Vaccination in the Punjab 1905-1918 - 1905-1918
Year: 1905
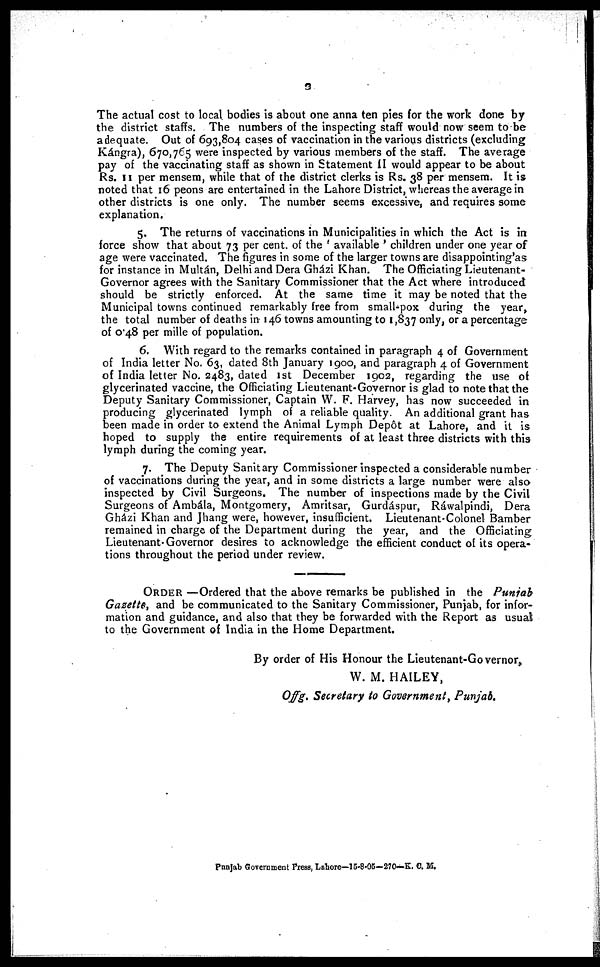
3
The actual cost to local bodies is about one anna ten pies for the work done by
the district staffs. The numbers of the inspecting staff would now seem to be
adequate. Out of 693,804 cases of vaccination in the various districts (excluding
Kángra), 670,765 were inspected by various members of the staff. The average
pay of the vaccinating staff as shown in Statement II would appear to be about
Rs. 11 per mensem, while that of the district clerks is Rs. 38 per mensem. It is
noted that 16 peons are entertained in the Lahore District, whereas the average in
other districts is one only. The number seems excessive, and requires some
explanation.
5. The returns of vaccinations in Municipalities in which the Act is in
force show that about 73 per cent. of the ' available ' children under one year of
age were vaccinated. The figures in some of the larger towns are disappointing'as
for instance in Multán, Delhi and Dera Gházi Khan. The Officiating Lieutenant-
Governor agrees with the Sanitary Commissioner that the Act where introduced
should be strictly enforced. At the same time it may be noted that the
Municipal towns continued remarkably free from small-pox during the year,
the total number of deaths in 146 towns amounting to 1,837 only, or a percentage
of 0.48 per mille of population.
6. With regard to the remarks contained in paragraph 4 of Government
of India letter No. 63, dated 8th January 1900, and paragraph 4 of Government
of India letter No. 2483, dated 1st December 1902, regarding the use of
glycerinated vaccine, the Officiating Lieutenant-Governor is glad to note that the
Deputy Sanitary Commissioner, Captain W. F. Harvey, has now succeeded in
producing glycerinated lymph of a reliable quality. An additional grant has
been made in order to extend the Animal Lymph Depôt at Lahore, and it is
hoped to supply the entire requirements of at least three districts with this
lymph during the coming year.
7. The Deputy Sanitary Commissioner inspected a considerable number
of vaccinations during the year, and in some districts a large number were also
inspected by Civil Surgeons. The number of inspections made by the Civil
Surgeons of Ambála, Montgomery, Amritsar, Gurdáspur, Rawalpindi, Dera
Gházi Khan and Jhang were, however, insufficient. Lieutenant-Colonel Bamber
remained in charge of the Department during the year, and the Officiating
Lieutenant-Governor desires to acknowledge the efficient conduct of its opera-
tions throughout the period under review.
ORDER —Ordered that the above remarks be published in the Punjab
Gazette, and be communicated to the Sanitary Commissioner, Punjab, for infor-
mation and guidance, and also that they be forwarded with the Report as usual
to the Government of India in the Home Department.
By order of His Honour the Lieutenant-Governor,
W. M. HAILEY,
Offg. Secretary to Government,Punjab.
Punjab Government Press, Lahore—15-8-05—270-K. C. M.